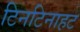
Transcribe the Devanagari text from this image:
टिनटिनाहट